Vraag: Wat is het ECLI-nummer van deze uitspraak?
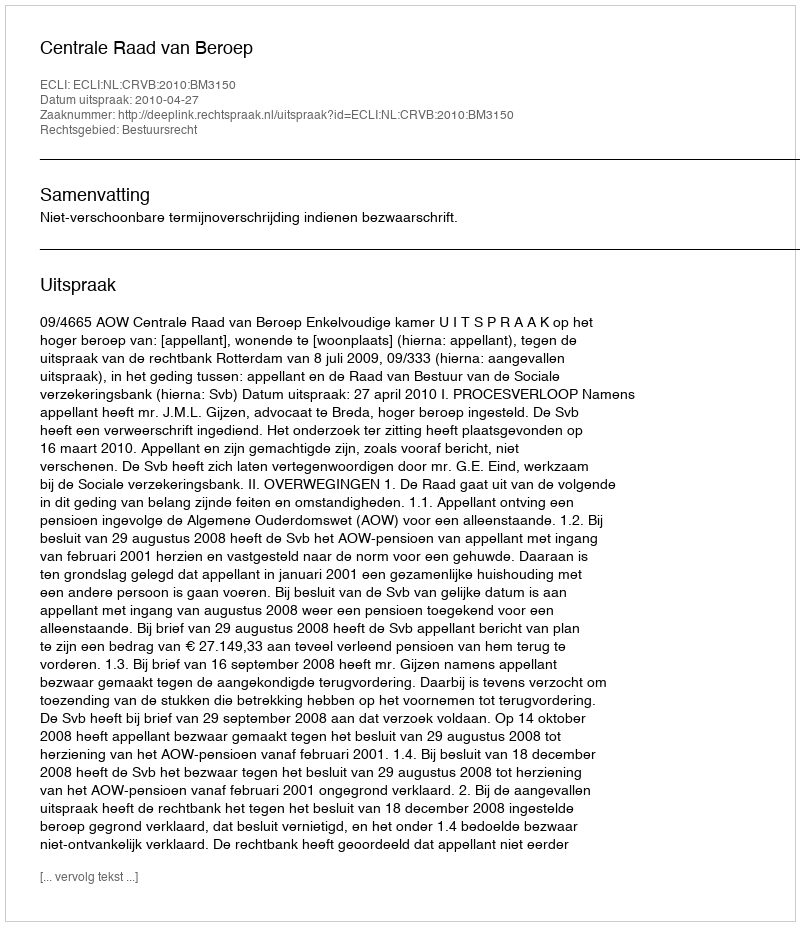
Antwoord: ECLI:NL:CRVB:2010:BM3150